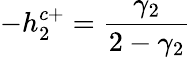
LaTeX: -h_{2}^{c+}=\frac{\gamma_{2}}{2-\gamma_{2}}